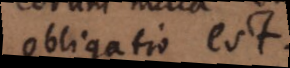
obligatio est.